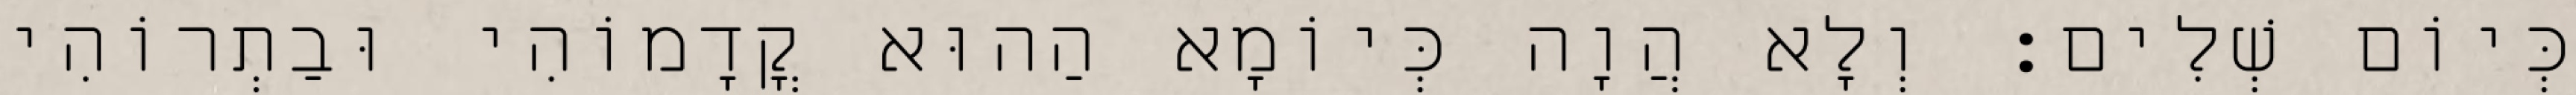
כְּיוֹם שְׁלִים׃ וְלָא הֲוָה כְּיוֹמָא הַהוּא קֳדָמוֹהִי וּבַתְרוֹהִי